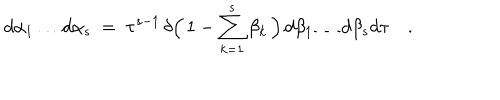
d \alpha _ { 1 } \ldots d \alpha _ { s } \ = \ \tau ^ { s - 1 } \, \delta \Bigl ( \, 1 - \sum _ { k = 1 } ^ { s } \beta _ { k } \, \Bigr ) \, d \beta _ { 1 } \ldots d \beta _ { s } d \tau \quad .